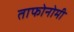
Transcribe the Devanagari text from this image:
ताफोनोमी